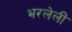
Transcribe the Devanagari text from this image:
भरलेलीं